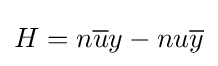
H=n{\overline {u}}y-nu{\overline {y}}